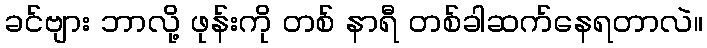
ခင်ဗျား ဘာလို့ ဖုန်းကို တစ် နာရီ တစ်ခါဆက်နေရတာလဲ။